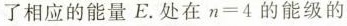
了相应的能量E。处在n=4的能级的